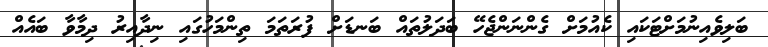
ބަލިވެއިނުމަށްޓަކައި ކެއުމަށް ގެންނަންޖެހޭ ބަދަލުތައް ބަނޑަށް ފުރަތަމަ ތިންމަހުގައި ނިދާއިރު ދިމާވާ ބައެއް